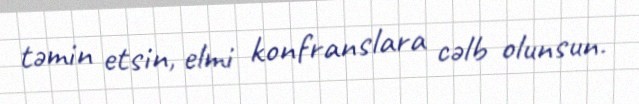
təmin etsin, elmi konfranslara cəlb olunsun.